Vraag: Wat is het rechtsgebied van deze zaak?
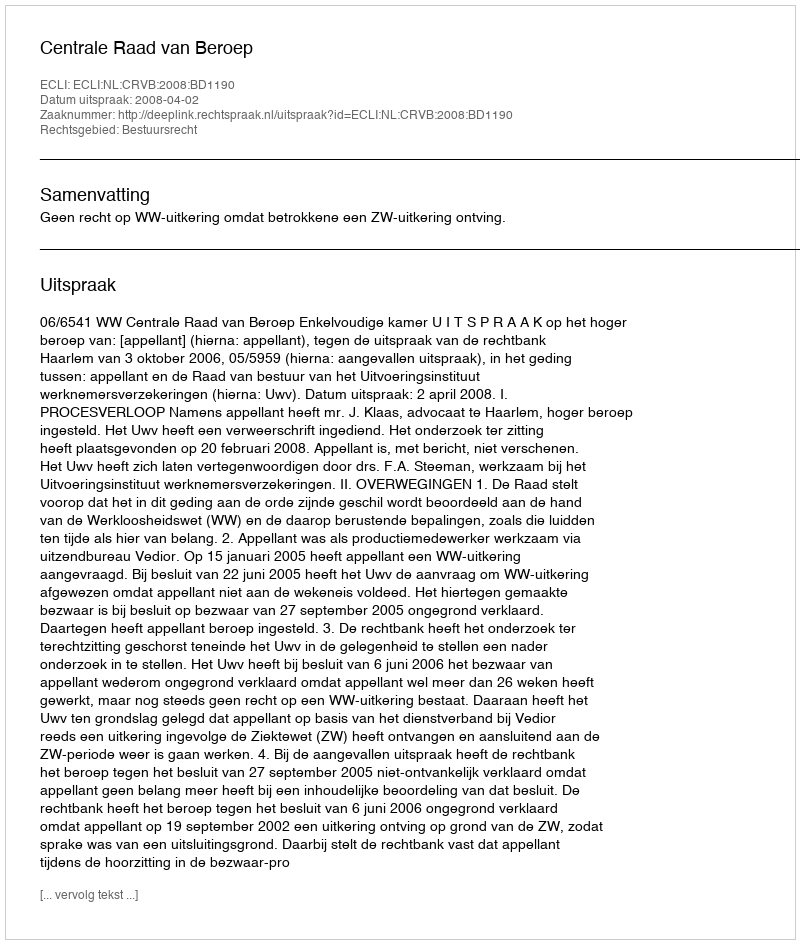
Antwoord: Bestuursrecht